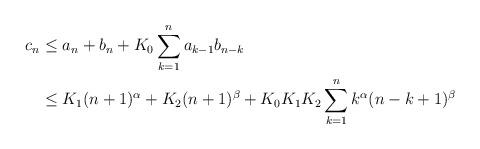
LaTeX: \begin{align*} c_n &\leq a_n+b_n+ K_0\sum_{k=1}^n a_{k-1} b_{n-k}\\&\leq K_1(n+1)^\alpha + K_2(n+1)^\beta + K_0K_1K_2 \sum_{k=1}^n k^\alpha (n-k+1)^\beta \end{align*}